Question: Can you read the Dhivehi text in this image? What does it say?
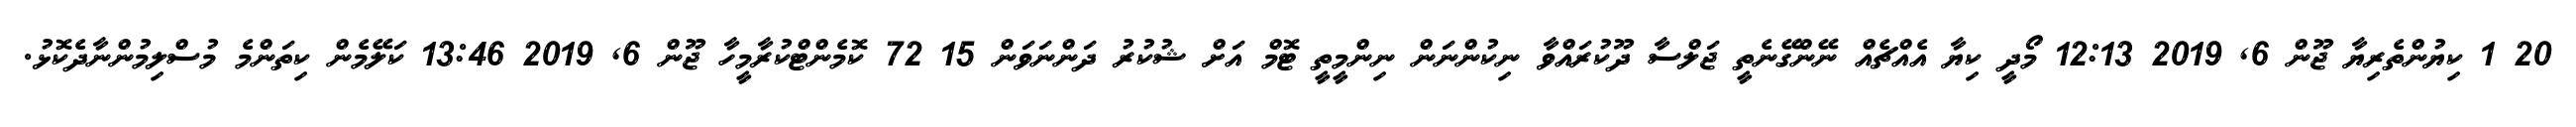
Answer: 20 1 ކިޔުންތެރިޔާ ޖޫން 6, 2019 12:13 މޯދީ ކިޔާ އެއްޗެއް ނޭންގޭނެތީ ޖަލްސާ ދޫކުރައްވާ ނިކުންނަން ނިންމީތީ ޓޮމް އަށް ޝުކުރު ދަންނަވަން 15 72 ކޮމެންޓްކުރާމީހާ ޖޫން 6, 2019 13:46 ކަލޭމެން ކިތަންމެ މުސްލިމުންނާދެކޮޅު.